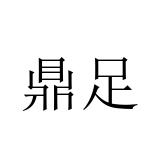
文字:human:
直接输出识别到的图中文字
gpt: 鼎足